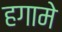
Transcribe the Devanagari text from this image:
हगामे